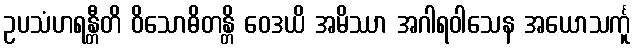
ဥပသံဟရန္တီတိ ဝိသောဓိတန္တိ ဝေဒယိ အမိဿာ အဂါရဝါသေန အယောသင်္ကူ